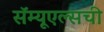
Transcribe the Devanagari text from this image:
सॅम्यूएल्सची